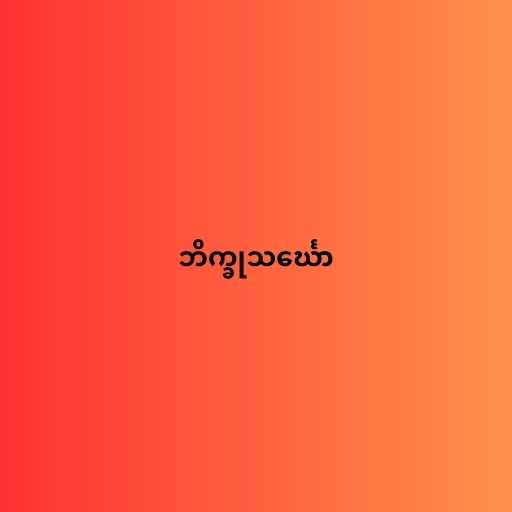
ဘိက္ခုသင်္ဃော